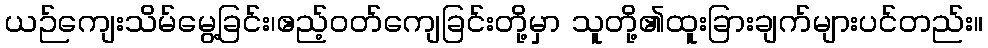
ယဉ်ကျေးသိမ်မွေ့ခြင်း၊ဧည့်ဝတ်ကျေခြင်းတို့မှာ သူတို့၏ထူးခြားချက်များပင်တည်း။